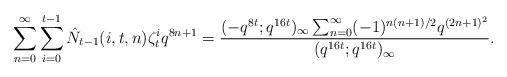
LaTeX: \begin{align*}\sum_{n=0}^{\infty}\sum_{i=0}^{t-1}\hat{N}_{t-1}(i,t,n)\zeta_{t}^{i}q^{8n+1}=\dfrac{(-q^{8t};q^{16t})_{\infty}\sum_{n=0}^{\infty}(-1)^{n(n+1)/2}q^{(2n+1)^2}}{(q^{16t};q^{16t})_{\infty}}.\end{align*}